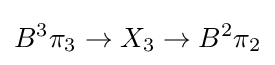
B^{3}\pi _{3}\to X_{3}\to B^{2}\pi _{2}